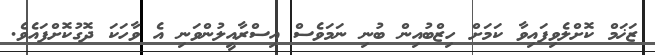
ޒަޚަމް ކޮށްލެވިފައިވާ ކަމަށް ހިޒްބުއިން ބުނި ނަމަވެސް އިސްރާއީލުންވަނި އެ ވާހަކަ ދޮގުކޮށްފައެވެ.